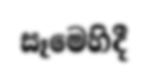
සෑමෙහිදී